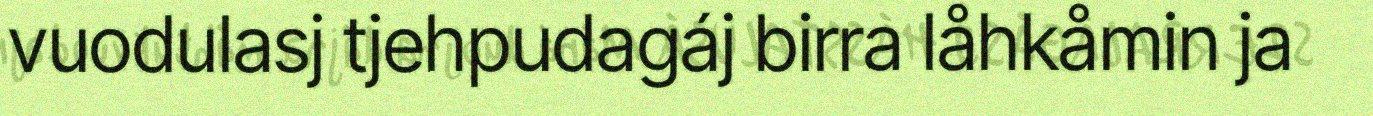
vuodulasj tjehpudagáj birra låhkåmin ja